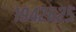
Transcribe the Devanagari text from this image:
१९४२६२५